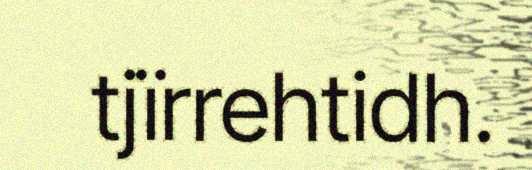
tjïrrehtidh.